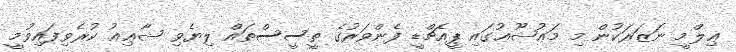
ޢިލްމީ ނަޒަރަކުން މި މަޢުޟޫޢުގައި ޕީއެޗްޑީ ފެންވަރުގެ ތީސީސްތައް ލިޔެވި ޝާޢިޢު ކުރެވިފައިވުމީ